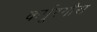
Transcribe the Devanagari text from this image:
कर्पूरगौरा